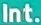
Int.